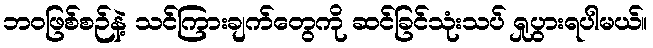
ဘဝဖြစ်စဉ်နဲ့ သင်ကြားချက်တွေကို ဆင်ခြင်သုံးသပ် ရှုပွားရပါမယ်။